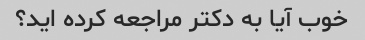
خوب آیا به دکتر مراجعه کرده اید؟